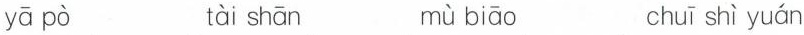
tài shān mù biāo chuī shì yuán